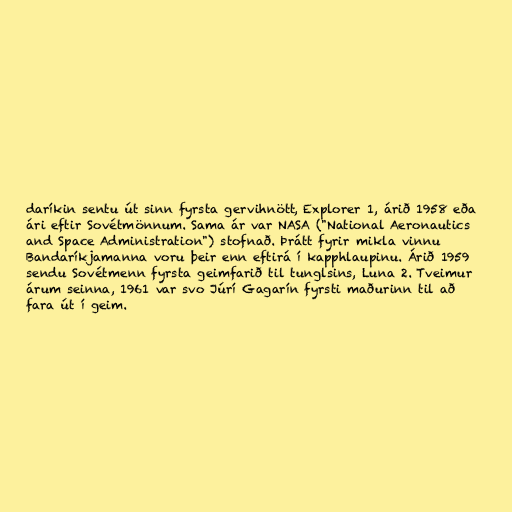
daríkin sentu út sinn fyrsta gervihnött, Explorer 1, árið 1958 eða
ári eftir Sovétmönnum. Sama ár var NASA ("National Aeronautics
and Space Administration") stofnað. Þrátt fyrir mikla vinnu
Bandaríkjamanna voru þeir enn eftirá í kapphlaupinu. Árið 1959
sendu Sovétmenn fyrsta geimfarið til tunglsins, Luna 2. Tveimur
árum seinna, 1961 var svo Júrí Gagarín fyrsti maðurinn til að
fara út í geim.